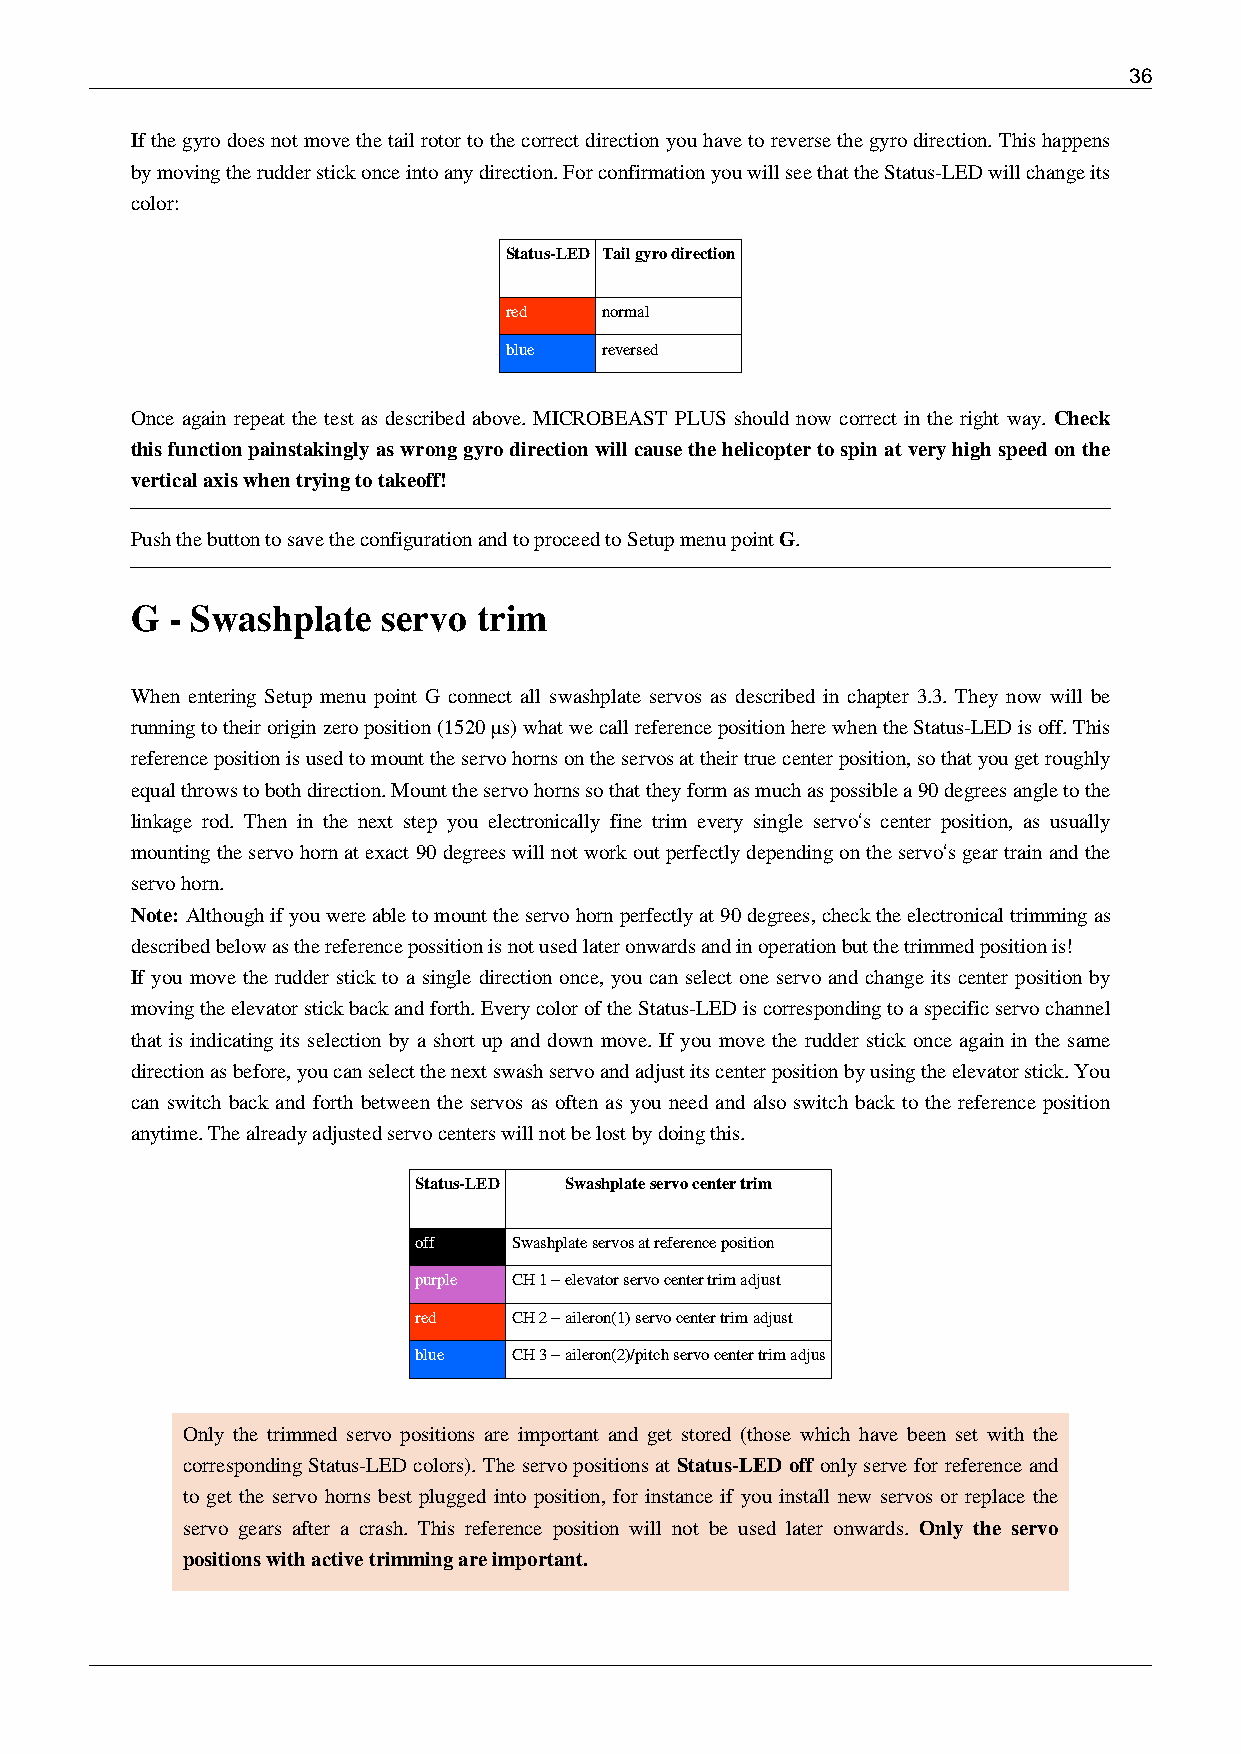
36
 If the gyro does not move the tail rotor to the correct direction you have to reverse the gyro direction. This happens
 by moving the rudder stick once into any direction. For confirmation you will see that the Status-LED will change its
 color:
 Status-LED Tail gyro direction
 red    normal
 blue   reversed
 Once again repeat the test as described above. MICROBEAST PLUS should now correct in the right way. Check
 this function painstakingly as wrong gyro direction will cause the helicopter to spin at very high speed on the
 vertical axis when trying to takeoff!
 Push the button to save the configuration and to proceed to Setup menu point G.
 G - Swashplate  servo  trim
 When entering Setup menu point G connect all swashplate servos as described in chapter 3.3. They now will be
 running to their origin zero position (1520 µs) what we call reference position here when the Status-LED is off. This
 reference position is used to mount the servo horns on the servos at their true center position, so that you get roughly
 equal throws to both direction. Mount the servo horns so that they form as much as possible a 90 degrees angle to the
 linkage rod. Then in the next step you electronically fine trim every single servo‘s center position, as usually
 mounting the servo horn at exact 90 degrees will not work out perfectly depending on the servo‘s gear train and the
 servo horn.
 Note: Although if you were able to mount the servo horn perfectly at 90 degrees, check the electronical trimming as
 described below as the reference possition is not used later onwards and in operation but the trimmed position is!
 If you move the rudder stick to a single direction once, you can select one servo and change its center position by
 moving the elevator stick back and forth. Every color of the Status-LED is corresponding to a specific servo channel
 that is indicating its selection by a short up and down move. If you move the rudder stick once again in the same
 direction as before, you can select the next swash servo and adjust its center position by using the elevator stick. You
 can switch back and forth between the servos as often as you need and also switch back to the reference position
 anytime. The already adjusted servo centers will not be lost by doing this.
 Status-LED Swashplate servo center trim
 off    Swashplate servos at reference position
 purple CH 1 – elevator servo center trim adjust
 red    CH 2 – aileron(1) servo center trim adjust
 blue   CH 3 – aileron(2)/pitch servo center trim adjus
 Only the trimmed servo positions are important and get stored (those which have been set with the
 corresponding Status-LED colors). The servo positions at Status-LED off only serve for reference and
 to get the servo horns best plugged into position, for instance if you install new servos or replace the
 servo gears after a crash. This reference position will not be used later onwards. Only the servo
 positions with active trimming are important.